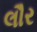
લૌર